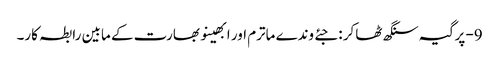
9- پرگیہ سنگھ ٹھاکر : جئے وندے ماترم اور ابھینو بھارت کے مابین رابطہ کار۔